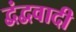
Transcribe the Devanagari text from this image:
द्वंद्ववादी